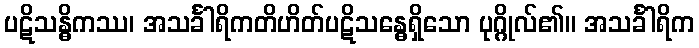
ပဋိသန္ဓိကဿ၊ အသင်္ခါရိကတိဟိတ်ပဋိသန္ဓေရှိသော ပုဂ္ဂိုလ်၏။ အသင်္ခါရိက